Scottish Leaving Certificate Examination, 1959
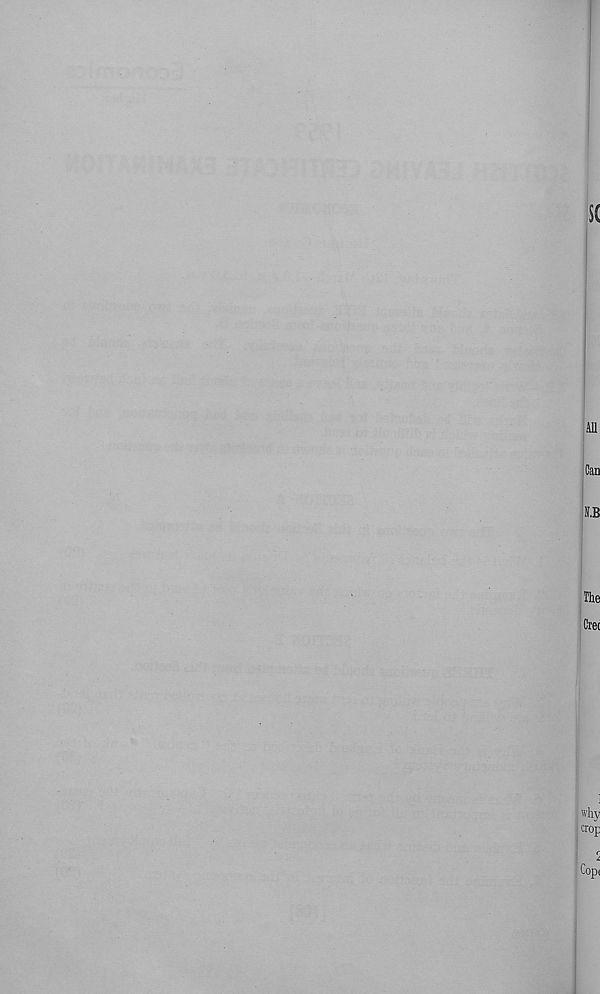
$c
Ml
Can
The
Cret
Why
crop
r
Cop<